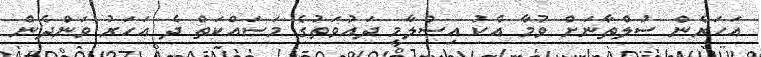
އަހަރެން ސުލްތާނަށް ވުމާ އެކު އިސްލާމީ ދައުވަތުގެ މަސައްކަތް ދެ އަހަރު ވަންދެން